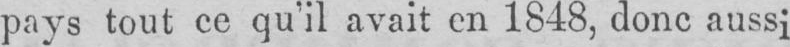
pays tout ce qu’il avait en 1848, donc aussi